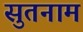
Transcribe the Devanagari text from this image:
सुतनाम